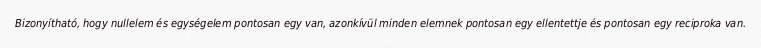
Bizonyítható, hogy nullelem és egységelem pontosan egy van, azonkívül minden elemnek pontosan egy ellentettje és pontosan egy reciproka van.